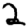
Digit: 2